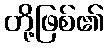
တို့ဖြစ်၏